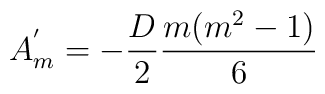
A_m^{'} = - \frac {D} {2} \frac {m(m^2-1)} {6}